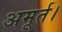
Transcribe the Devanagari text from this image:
अमूर्त।